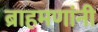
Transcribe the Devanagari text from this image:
ब्राहमणांनी